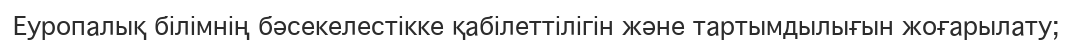
Еуропалық білімнің бәсекелестікке қабілеттілігін және тартымдылығын жоғарылату;